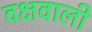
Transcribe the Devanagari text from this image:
वक्षवाली